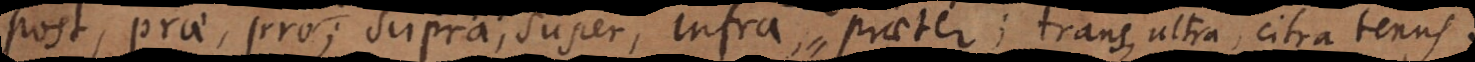
post, prae, pro,; supra, super, infra, praeter; trans, ultra, citra, tenus.